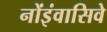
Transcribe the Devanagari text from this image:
नोंइंवासिवे